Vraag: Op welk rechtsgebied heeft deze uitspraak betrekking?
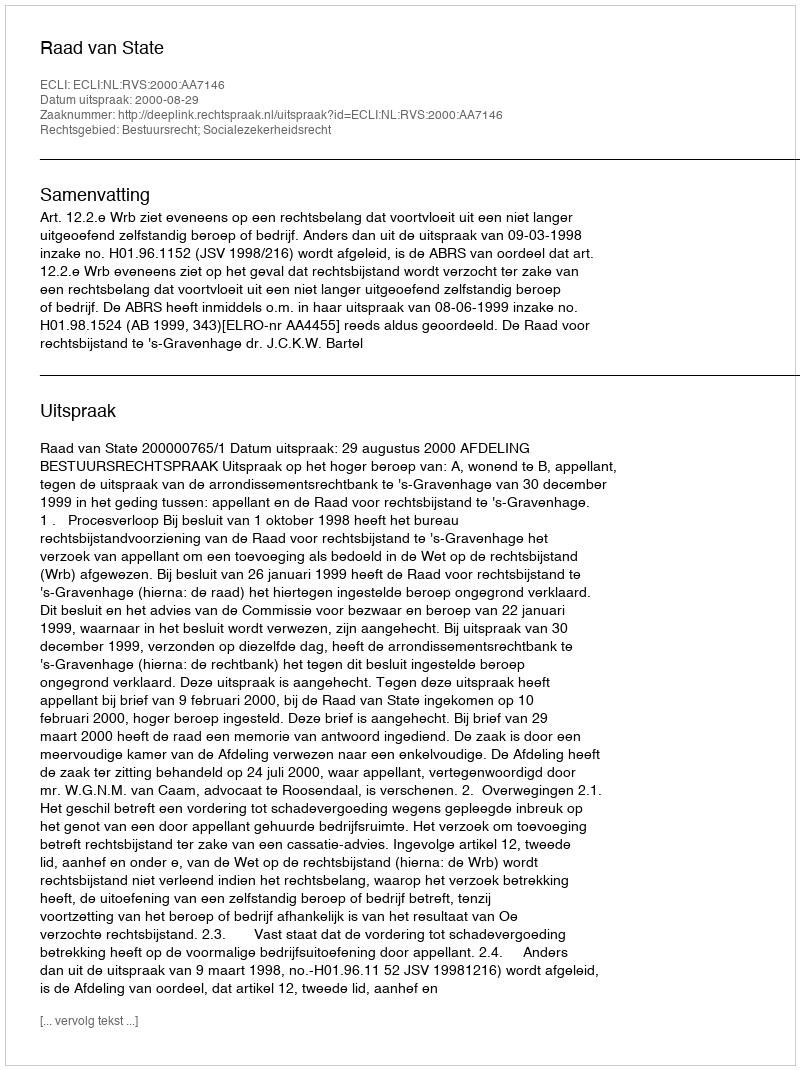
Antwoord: Bestuursrecht; Socialezekerheidsrecht